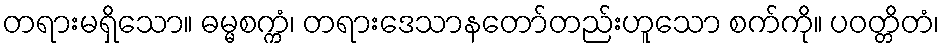
တရားမရှိသော။ ဓမ္မစက္ကံ၊ တရားဒေသာနတော်တည်းဟူသော စက်ကို။ ပဝတ္တိတံ၊